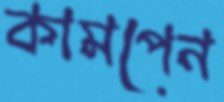
কামপেন